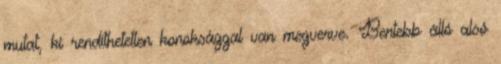
mutat, ki rendíthetetlen konoksággal van megverve. Bentebb álló alsó